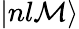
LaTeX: |nl\mathcal{M}\rangle